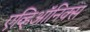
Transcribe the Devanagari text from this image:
एव्हिऑनिक्स